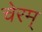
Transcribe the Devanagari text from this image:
चेरम्